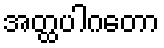
အတ္ထပါဂတော